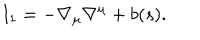
I _ { 1 } = - \nabla _ { \mu } \nabla ^ { \mu } + b ( s ) .